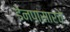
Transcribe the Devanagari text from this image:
डेनपासारचे